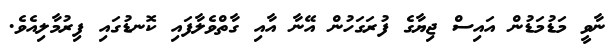
ނާވީ މަޑުމަޑުން އައިސް ޖިޔާގެ ފުރަގަހުން އޭނާ އާއި ގާތްވެލާފައި ކޮނޑުގައި ފިރުމާލިއެވެ.